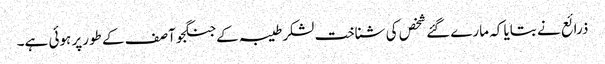
ذرائع نے بتایا کہ مارےگئے شخص کی شناخت لشکرطیبہ کےجنگجو آصف کے طورپر ہوئی ہے۔